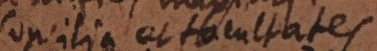
Concilia et Facultates